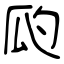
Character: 瓝